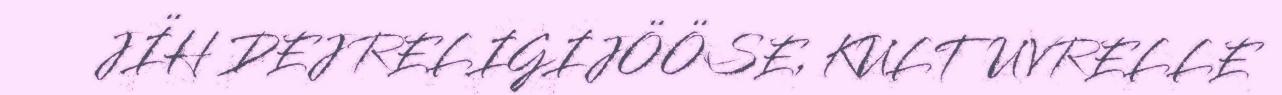
JÏH DEJ RELIGIJÖÖSE, KULTUVRELLE